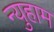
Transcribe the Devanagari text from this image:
न्युहाम